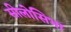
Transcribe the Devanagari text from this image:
सीलोसिभा